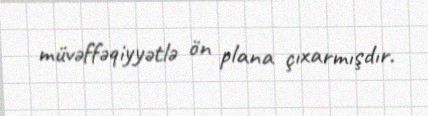
müvəffəqiyyətlə ön plana çıxarmışdır.